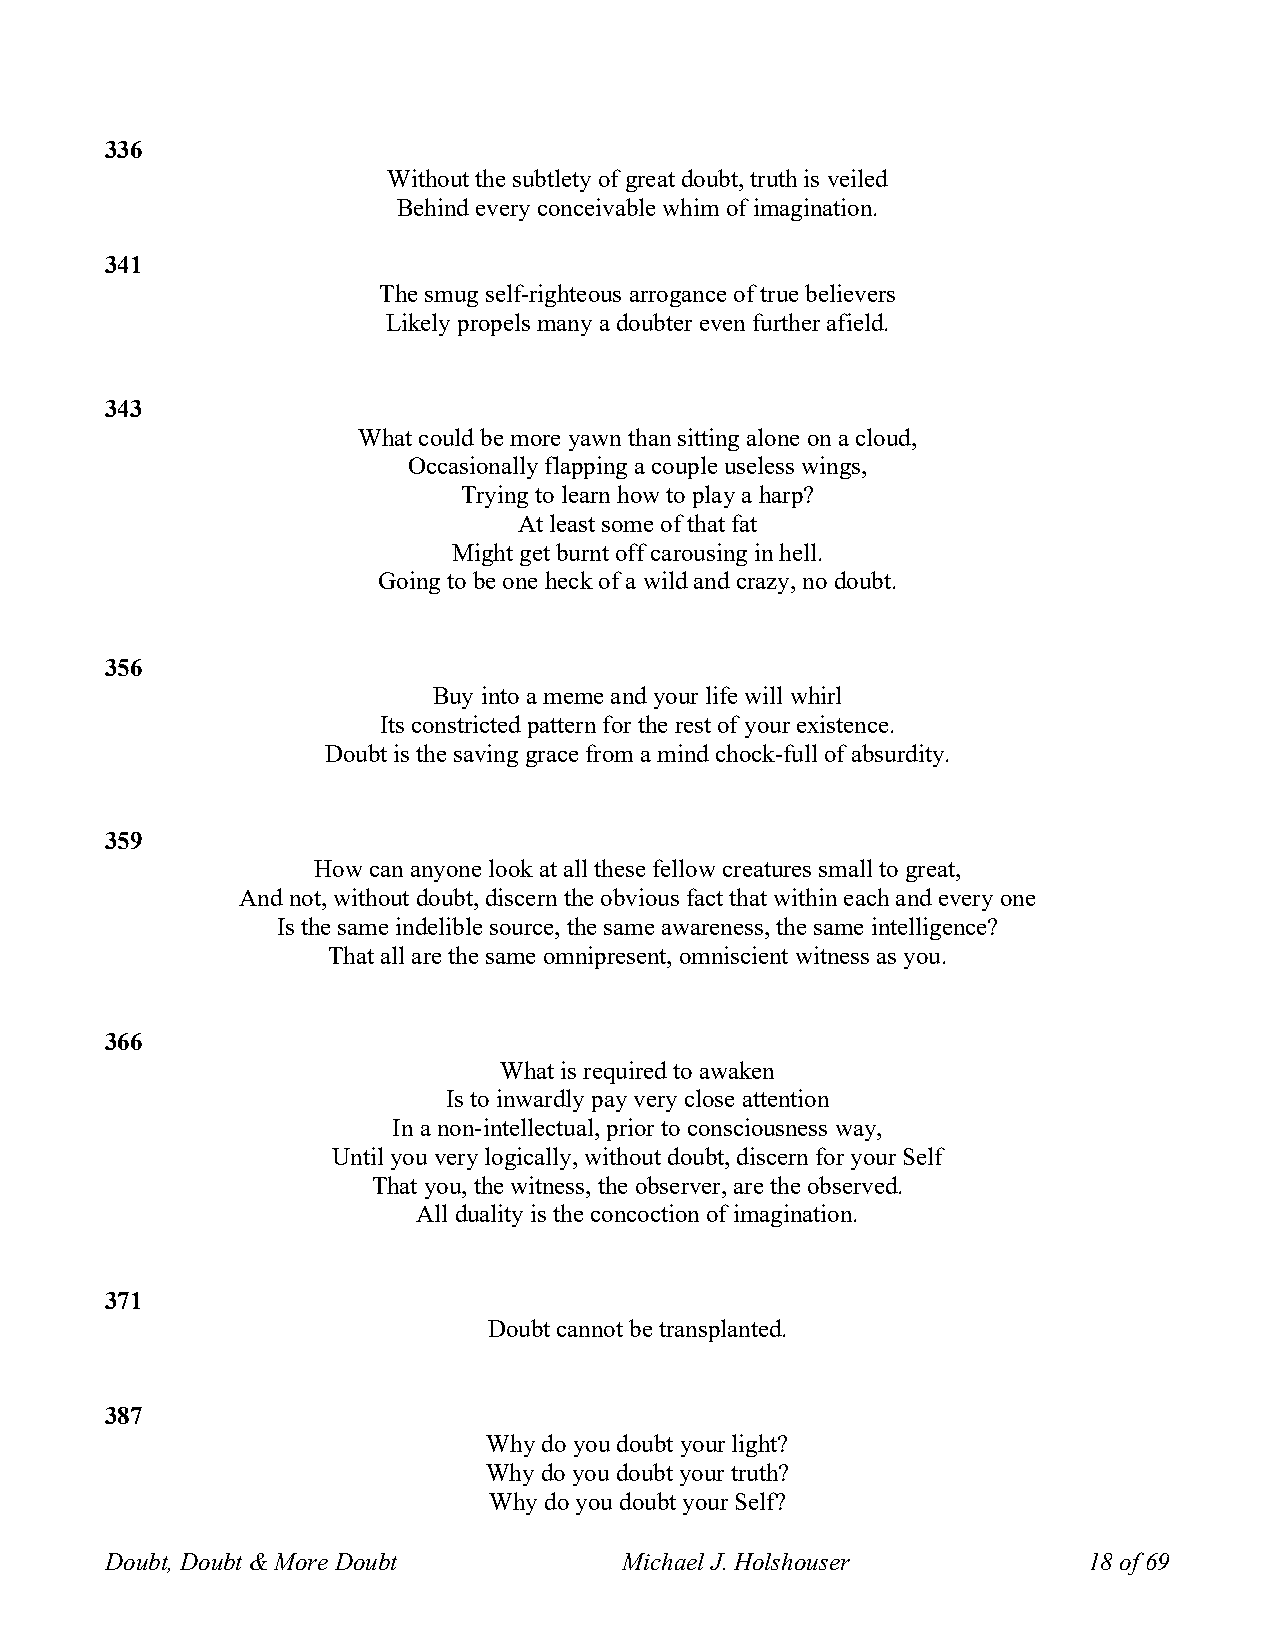
336
 Without the subtlety of great doubt, truth is veiled
 Behind every conceivable whim of imagination.
 341
 The smug self-righteous arrogance of true believers
 Likely propels many a doubter even further afield.
 343
 What could be more yawn than sitting alone on a cloud,
 Occasionally flapping a couple useless wings,
 Trying to learn how to play a harp?
 At least some of that fat
 Might get burnt off carousing in hell.
 Going to be one heck of a wild and crazy, no doubt.
 356
 Buy into a meme and your life will whirl
 Its constricted pattern for the rest of your existence.
 Doubt is the saving grace from a mind chock-full of absurdity.
 359
 How can anyone look at all these fellow creatures small to great,
 And not, without doubt, discern the obvious fact that within each and every one
 Is the same indelible source, the same awareness, the same intelligence?
 That all are the same omnipresent, omniscient witness as you.
 366
 What is required to awaken
 Is to inwardly pay very close attention
 In a non-intellectual, prior to consciousness way,
 Until you very logically, without doubt, discern for your Self
 That you, the witness, the observer, are the observed.
 All duality is the concoction of imagination.
 371
 Doubt cannot be transplanted.
 387
 Why do you doubt your light?
 Why do you doubt your truth?
 Why do you doubt your Self?
 Doubt, Doubt & More Doubt         Michael J. Holshouser          18 of 69